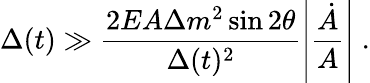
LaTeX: {\Delta(t)}\gg\frac{2EA{\Delta m^{2}\sin 2\theta}}{\Delta(t)^{2}}\left|\frac{\dot{A}}{{A}}\right|\; .